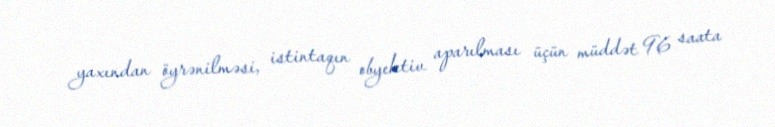
yaxından öyrənilməsi, istintaqın obyektiv aparılması üçün müddət 96 saata